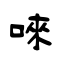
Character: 唻